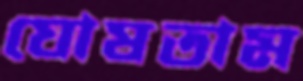
ঘোষতাম